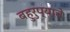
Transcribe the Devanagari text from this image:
बहुरुप्याचे